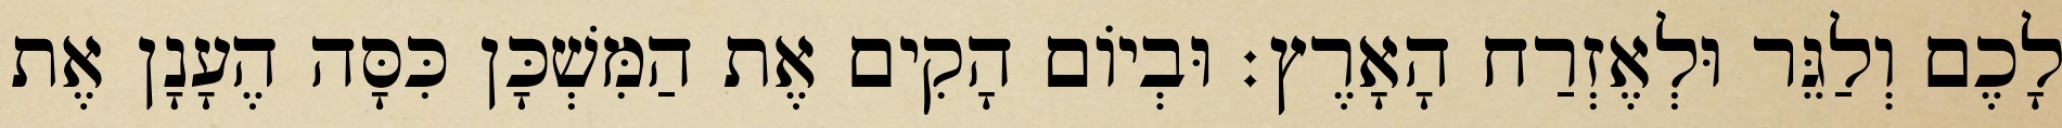
לָכֶם וְלַגֵּר וּלְאֶזְרַח הָאָרֶץ׃ וּבְיוֹם הָקִים אֶת הַמִּשְׁכָּן כִּסָּה הֶעָנָן אֶת